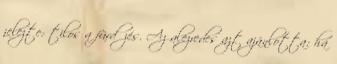
jelezte: tilos a fürdőzés. Az alezredes azt ajánlotta: ha